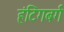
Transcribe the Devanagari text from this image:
हंटिंगबर्ग